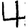
Digit: 4